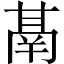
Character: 𮫙